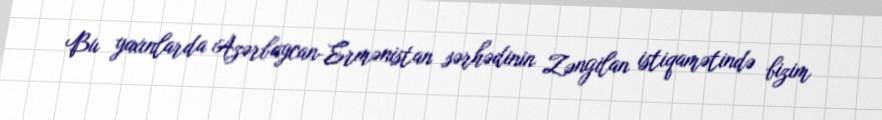
Bu yaxınlarda Azərbaycan-Ermənistan sərhədinin Zəngilan istiqamətində bizim